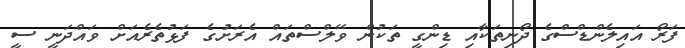
ފަރޯ އައިލެންޑްސްގެ ދޯނިތަކާއި ޑިންގީ ތަކުން ވޭލްސްތައް އެރަށުގެ ފަޅުތެރެއަށް ވައްދަނީ ސީ